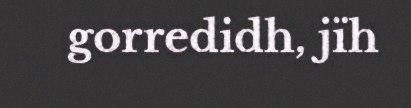
gorredidh, jïh